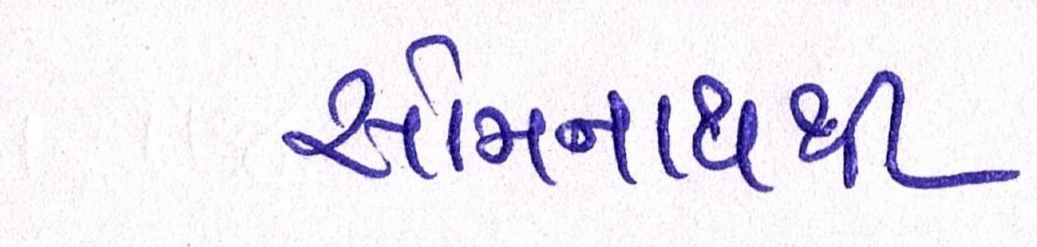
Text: સોમનાથથી